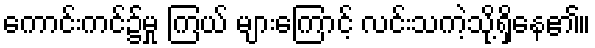
ကောင်းကင်၌မှု ကြယ် များကြောင့် လင်းသကဲ့သို့ရှိနေ၏။